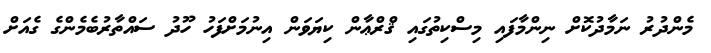
މެންދުރު ނަމާދުކޮށް ނިންމާފައި މިސްކިތުގައި ޤްރްޢާން ކިޔަވަން އިނުމަށްފަހު ހޫދު ސައްތާރުބެމެންގެ ގެއަށް